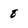
Character: 8